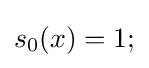
s_{0}(x)=1;